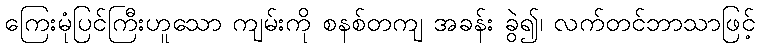
ကြေးမုံပြင်ကြီးဟူသော ကျမ်းကို စနစ်တကျ အခန်း ခွဲ၍၊ လက်တင်ဘာသာဖြင့်